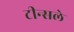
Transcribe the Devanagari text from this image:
टीन्सले